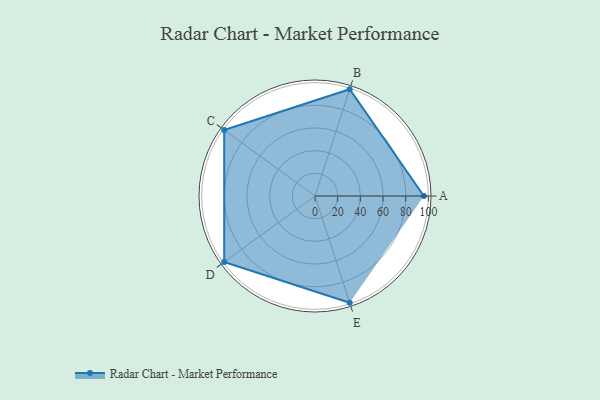
{"axis": {"x": "Skill", "y": "Score"}, "legend": ["Profile"], "data": [{"x": "A", "y": 96.0, "type": "Profile"}, {"x": "B", "y": 99, "type": "Profile"}, {"x": "C", "y": 99, "type": "Profile"}, {"x": "D", "y": 99, "type": "Profile"}, {"x": "E", "y": 99, "type": "Profile"}]}